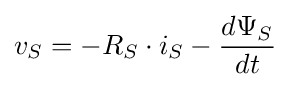
v_{S}=-R_{S}\cdot i_{S}-{\frac {d\Psi {_{S}}}{dt}}